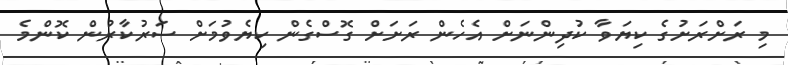
މި ރަށްރަށުގެ ކިޔަވާ ކުދިންނަށް އެހެން ރަށަށް ގޮސްގެން ކިޔެވުމަށް ސަރުކާރުން ކޮންމެ